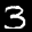
Label: 3